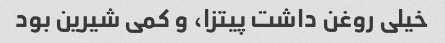
خیلی روغن داشت پیتزا، و کمی شیرین بود